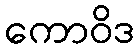
ကောဝိဒ